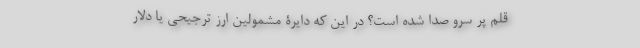
قلم پر سرو صدا شده است؟ در این که دایرۀ مشمولین ارز ترجیحی یا دلار